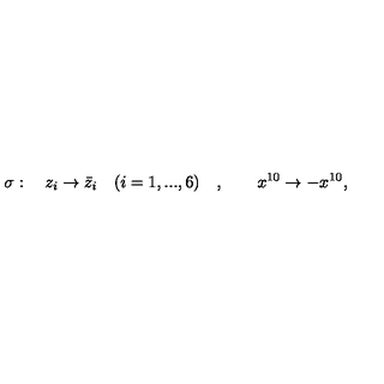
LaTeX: \sigma : \quad z _ { i } \to \bar { z } _ { i } \quad ( i = 1 , . . . , 6 ) \quad , \qquad x ^ { 1 0 } \to - x ^ { 1 0 } ,